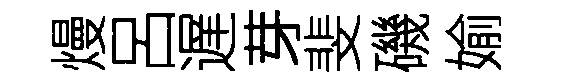
熳呂遅芽斐磯媮